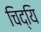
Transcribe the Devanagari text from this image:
चिद्यि